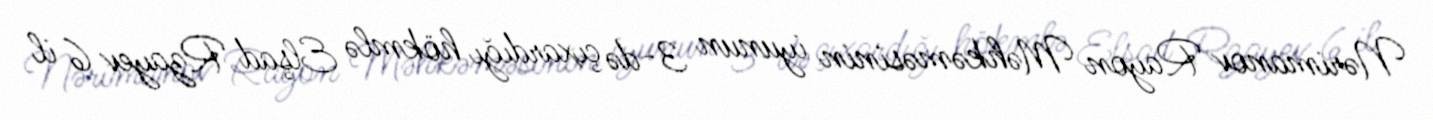
Nərimanov Rayon Məhkəməsinin iyunun 3-də çıxardığı hökmlə Elşad Rzayev 6 il